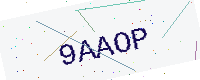
Text: 9AAOP